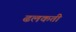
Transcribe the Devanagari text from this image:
ढलकती